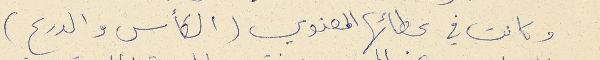
وكانت في عطائها المعنوي (الكأس والدرع)